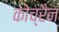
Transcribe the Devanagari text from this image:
कोच्रैन